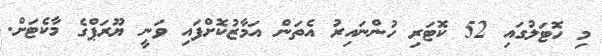
މި ހޮޓަލުގައި 52 ކޮޓަރި ހުންނައިރު އެތަން އަމާޒުކޮށްފައި ވަނީ ޔޫރަޕްގެ މާކެޓަށް.